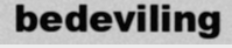
bedeviling